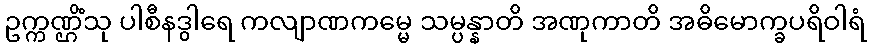
ဥက္ကဏ္ဌိံသု ပါစီနဒွါရေ ကလျာဏကမ္မေ သမ္ပန္နာတိ အဏုကာတိ အဓိမောက္ခပရိဝါရံ